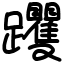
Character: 躩